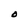
Character: O